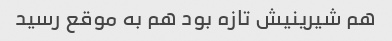
هم شیرینیش تازه بود هم به موقع رسید